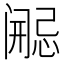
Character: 𫔷